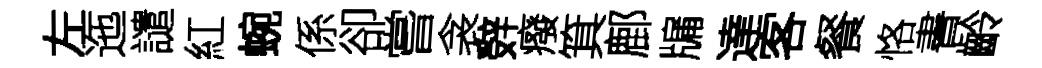
左迤譴紅蜿係卻嘗衾辤癈箕鄜牖達客餐恪書齡